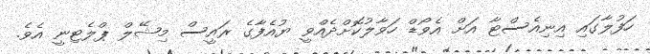
ހަފުލާގައި އިނިއެސްޓާ އަށް އެވޯޑް ހަވާލުކޮށްދެއްވީ ޔުއެފާގެ ރައީސް މިޝޭލް ޕްލެޓިނީ އެވެ.